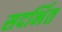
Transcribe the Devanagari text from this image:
सदर्भित